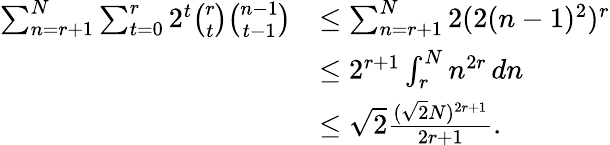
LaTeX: \begin{array}{rl}{\sum_{n=r+1}^{N}\sum_{t=0}^{r}2^{t}\binom{r}{t}\binom{n-1}{t-1}}&{\leq\sum_{n=r+1}^{N}2(2(n-1)^{2})^{r}}\\ &{\leq 2^{r+1}\int_{r}^{N}n^{2r}\, dn}\\ &{\leq\sqrt{2}\frac{(\sqrt{2}N)^{2r+1}}{2r+1}.}\end{array}